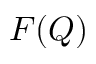
F ( Q )